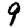
Digit: 9